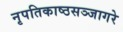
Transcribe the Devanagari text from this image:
नृपतिकाष्ठसञ्जागरे